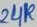
Text: 24K